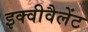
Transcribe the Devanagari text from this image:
इक्वीवैलेंट